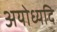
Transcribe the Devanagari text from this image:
अयोध्यदि